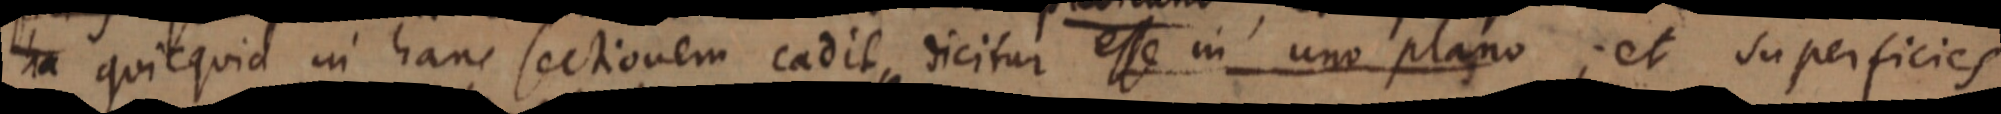
ha quicquid in hanc sectionem cadit, dicitur esse in uno plano; et superficies